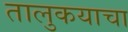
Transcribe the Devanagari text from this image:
तालुकयाचा